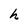
Character: h